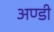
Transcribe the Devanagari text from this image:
अण्डी